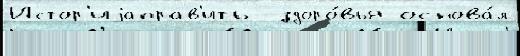
Истор'иjаправ'ить  здоро́вья основа́л